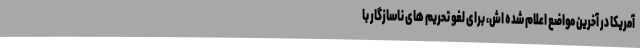
آمریکا در آخرین مواضع اعلام شده اش، برای لغو تحریم های ناسازگار با